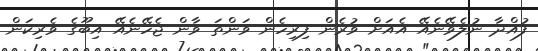
ފުއްދާ ނުލެވޭނެއޭ އެއަށް ވުރެން ފިރިހެން ވަންތަ ވާން ޖެހޭނެއޭ އިބޫގެ ވެރިކަން